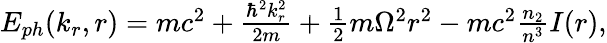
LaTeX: \begin{array}{r}{E_{ph}(k_{r},r)=mc^{2}+\frac{\hbar^{2}k_{r}^{2}}{2m}+\frac{1}{2}m\Omega^{2}r^{2}-mc^{2}\frac{n_{2}}{n^{3}}I(r),}\end{array}